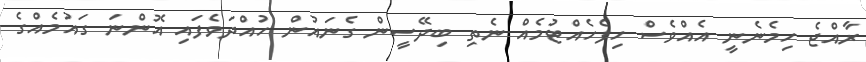
ރާއްޖެ ހިމެނެނީ އެއްވެސް ހިފެހެއްޓުމެއް ނެތި ބިދޭސީން ގެނައުން ހުއްދަވެފައި އޮންނަ ގައުމެއްގެ